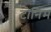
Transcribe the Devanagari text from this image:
टोनिम